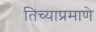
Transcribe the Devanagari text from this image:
तिच्याप्रमाणे